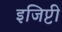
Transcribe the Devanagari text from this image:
इजिप्टी